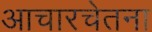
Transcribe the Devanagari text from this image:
आचारचेतना